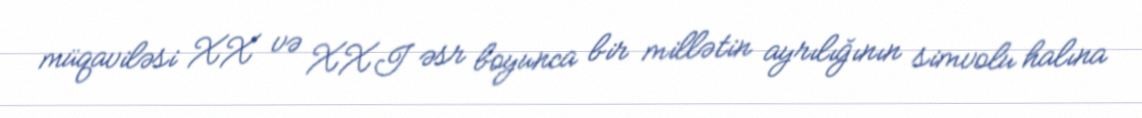
müqaviləsi XX və XXI əsr boyunca bir millətin ayrılığının simvolu halına